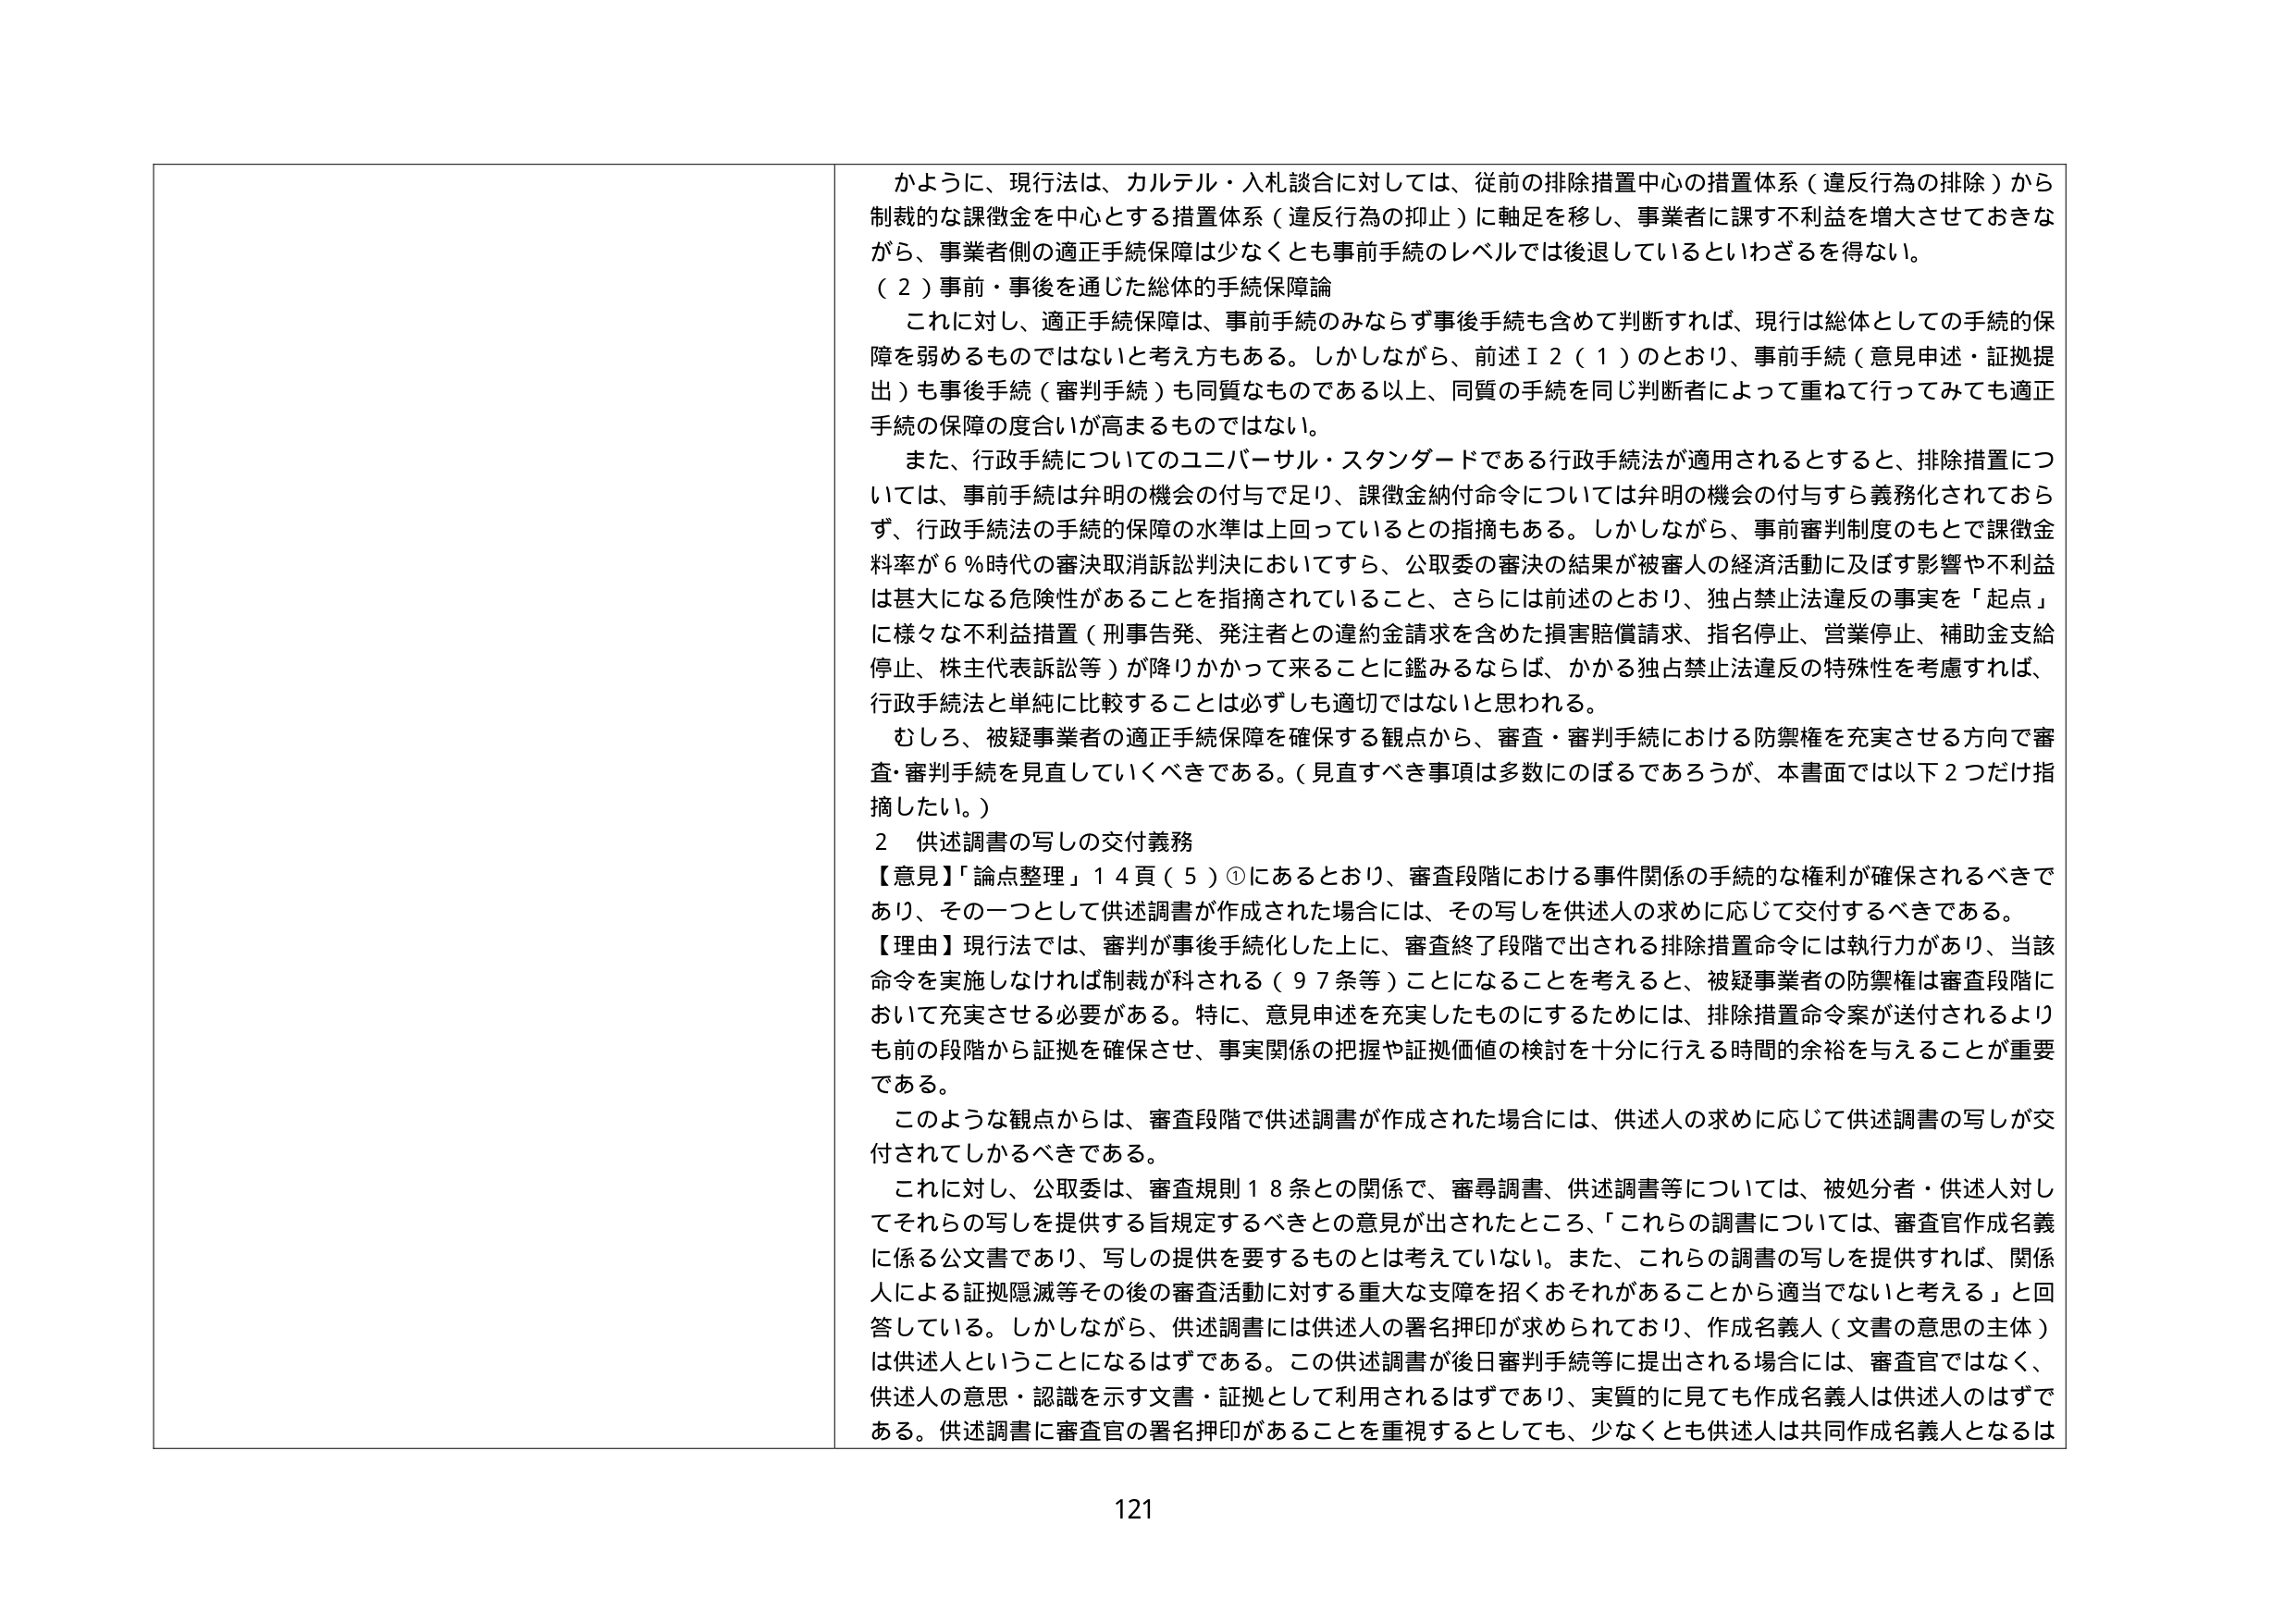
かように、現行法は、カルテル・入札談合に対しては、従前の排除措置中心の措置体系（違反行為の排除）から制裁的な課徴金を中心とする措置体系（違反行為の抑止）に軸足を移し、事業者に課す不利益を増大させておきながら、事業者側の適正手続保障は少なくとも事前手続のレベルでは後退しているといわざるを得ない。

（２）事前・事後を通じた総体的手続保障論

これに対し、適正手続保障は、事前手続のみならず事後手続も含めて判断すれば、現行は総体としての手続的保障を弱めるものではないと考え方もある。しかしながら、前述Ⅱ２（１）のとおり、事前手続（意見申述・証拠提出）も事後手続（審判手続）も同質なものである以上、同質の手続を同じ判断者によって重ねて行ってみても適正手続の保障の度合いが高まるものではない。

また、行政手続についてのユニバーサル・スタンダードである行政手続法が適用されるとすると、排除措置については、事前手続は弁明の機会の付与で足り、課徴金納付命令については弁明の機会の付与すら義務化されておらず、行政手続法の手続的保障の水準は上回っているとの指摘もある。しかしながら、事前審判制度のもとで課徴金料率が６％時代の審決取消訴訟判決においてすら、公取委の審決の結果が被審人の経済活動に及ぼす影響や不利益は甚大になる危険性があることを指摘されていること、さらには前述のとおり、独占禁止法違反の事実を「起点」に様々な不利益措置（刑事告発、発注者との違約金請求を含めた損害賠償請求、指名停止、営業停止、補助金支給停止、株主代表訴訟等）が降りかかって来ることに鑑みるならば、かかる独占禁止法違反の特殊性を考慮すれば、行政手続法と単純に比較することは必ずしも適切ではないと思われる。

むしろ、被疑事業者の適正手続保障を確保する観点から、審査・審判手続における防禦権を充実させる方向で審査・審判手続を見直していくべきである。（見直すべき事項は多数にのぼるであろうが、本書面では以下２つだけ指摘したい。）

２ 供述調書の写しの交付義務

【意見】「論点整理」１４頁（５）①にあるとおり、審査段階における事件関係の手続的な権利が確保されるべきであり、その一つとして供述調書が作成された場合には、その写しを供述人の求めに応じて交付するべきである。

【理由】現行法では、審判が事後手続化した上に、審査終了段階で出される排除措置命令には執行力があり、当該命令を実施しなければ制裁が科される（９７条等）ことになることを考えると、被疑事業者の防禦権は審査段階において充実させる必要がある。特に、意見申述を充実したものにするためには、排除措置命令案が送付されるよりも前の段階から証拠を確保させ、事実関係の把握や証拠価値の検討を十分に行える時間的余裕を与えることが重要である。

このような観点からは、審査段階で供述調書が作成された場合には、供述人の求めに応じて供述調書の写しが交付されてしまうべきである。

これに対し、公取委は、審査規則１８条との関係で、審尋調書、供述調書等については、被処分者・供述人に対してそれらの写しを提供する旨規定するべきとの意見が出されたところ、「これらの調書については、審査官作成名義に係る公文書であり、写しの提供を要するものとは考えていない。また、これらの調書の写しを提供すれば、関係人による証拠隠滅等その後の審査活動に対する重大な支障を招くおそれがあることから適当でないと考える」と回答している。しかしながら、供述調書には供述人の署名押印が求められており、作成名義人（文書の意思の主体）は供述人ということになるはずである。この供述調書が後日審判手続等に提出される場合には、審査官ではなく、供述人の意思・認識を示す文書・証拠として利用されるはずであり、実質的に見ても作成名義人は供述人のはずである。供述調書に審査官の署名押印があることを重視するとしても、少なくとも供述人は共同作成名義人となるは

121